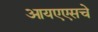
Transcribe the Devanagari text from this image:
आयएएसचे